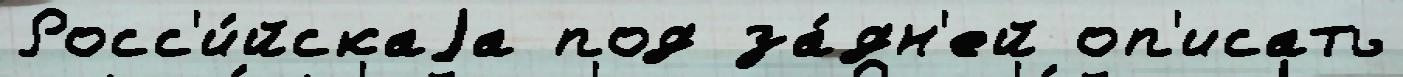
Росс'и́йскаjа под за́дн'ей оп'исать